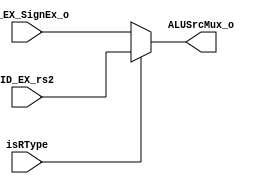
module ALUSrcMux(ID_EX_rs2,ID_EX_SignEx_o,isRType,ALUSrcMux_o);
  input[31:0] ID_EX_rs2;
  input[31:0] ID_EX_SignEx_o;
  input isRType;
  
  output[31:0] ALUSrcMux_o;
  
  assign ALUSrcMux_o=isRType?ID_EX_rs2:ID_EX_SignEx_o;
endmodule
//has been changed.